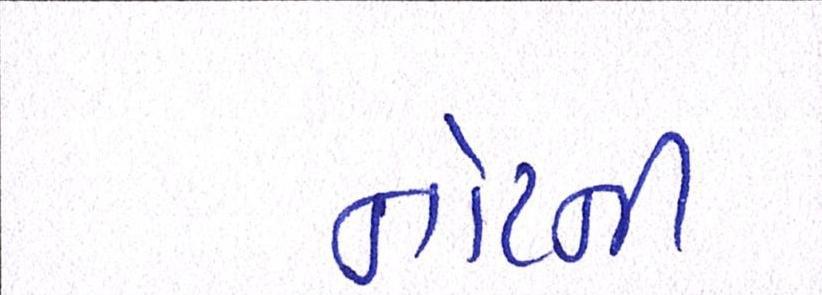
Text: નોટની